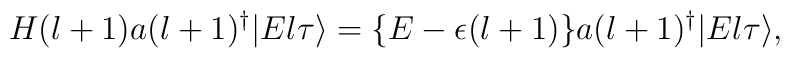
H(l+1)a(l+1)^\dagger|El\tau\rangle =\{E-\epsilon(l+1)\}a(l+1)^\dagger|El\tau\rangle,